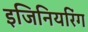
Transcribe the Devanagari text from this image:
इजिनियरिंग